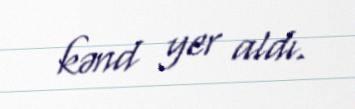
kənd yer aldı.